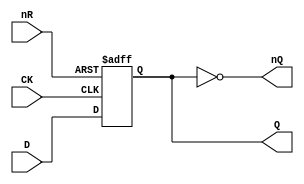
// Fujitsu AV cell
// DFF with RESET
// furrtek 2022

`timescale 1ns/100ps

module FDO(
	input CK,
	input D,
	input nR,
	output reg Q,
	output nQ
);

always @(posedge CK or negedge nR) begin
	if (!nR)
		Q <= 1'b0;	// tmax = 2.8ns
	else
		Q <= D;		// tmax = 6.0ns
end

assign nQ = ~Q;

endmodule